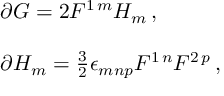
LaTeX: \begin{array} { r c l } { { } } & { { } } & { { \partial G = 2 F ^ { 1 \, m } H _ { m } \, , } } \\ { { } } & { { } } & { { } } \\ { { } } & { { } } & { { \partial H _ { m } = \frac { 3 } { 2 } \epsilon _ { m n p } F ^ { 1 \, n } F ^ { 2 \, p } \, , } } \end{array}